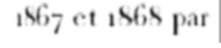
1867 et 1868 par